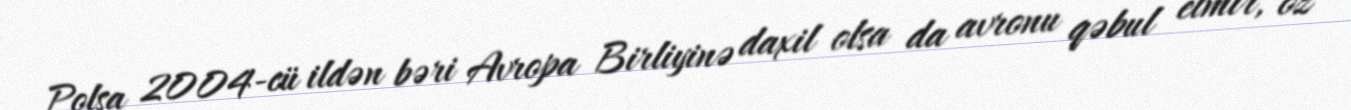
Polşa 2004-cü ildən bəri Avropa Birliyinə daxil olsa da avronu qəbul etmir, öz